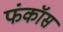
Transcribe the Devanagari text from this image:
फंकॉस